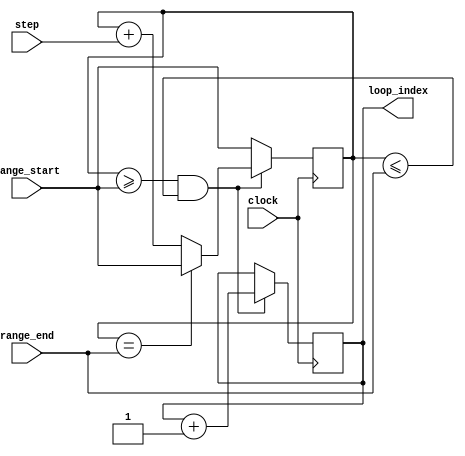
module Generate_For_Loop (
  input wire [7:0] range_start,
  input wire [7:0] range_end,
  input wire [7:0] step,
  input wire clock,
  output reg [7:0] loop_index
);

  reg [7:0] counter;

  always @(posedge clock) begin
    if (counter >= range_start && counter <= range_end) begin
      // Execute loop body statements here
      // For example, you can increment loop_index by 1
      loop_index <= loop_index + 1;

      // Check for loop exit conditions
      if (counter == range_end) begin
        counter <= range_start;
      end else begin
        counter <= counter + step;
      end
    end else begin
      counter <= range_start;
    end
  end

endmodule